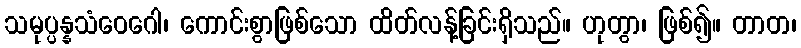
သမုပ္ပန္နသံဝေဂေါ၊ ကောင်းစွာဖြစ်သော ထိတ်လန့်ခြင်းရှိသည်။ ဟုတွာ၊ ဖြစ်၍။ တာတ၊